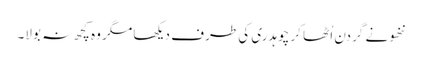
ننھو نے گردن اُٹھا کر چوہدری کی طرف دیکھا مگر وہ کچھ نہ بولا۔